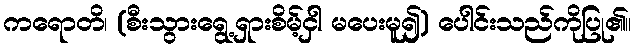
ကရောတိ၊ (စီးသွားရွေ့ရှားစိမ့်ငှါ မပေးမူ၍) ပေါင်းသည်ကိုပြု၏။